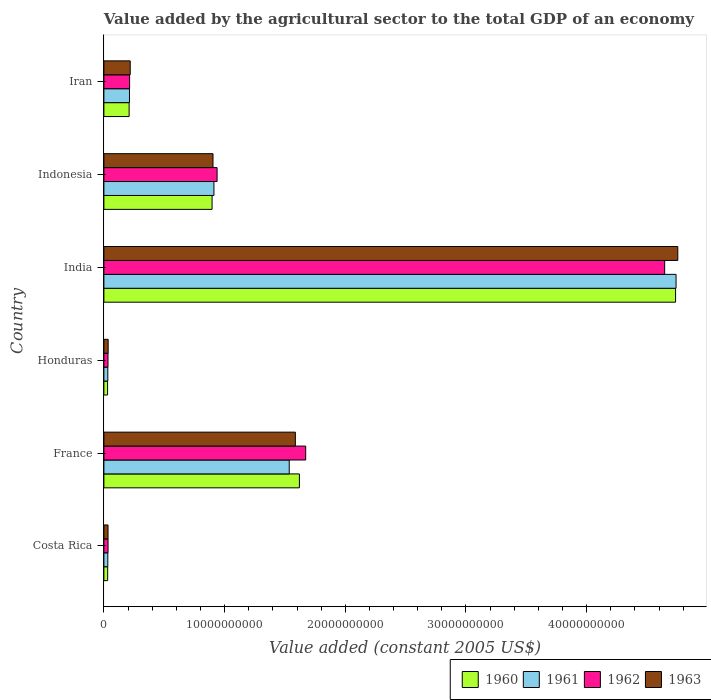
| Country | 1960 | 1961 | 1962 | 1963 |
 | --- | --- | --- | --- | --- |
 | Costa Rica | 3.13e+08 | 3.24e+08 | 3.44e+08 | 3.43e+08 |
 | France | 1.62e+10 | 1.54e+10 | 1.67e+10 | 1.59e+10 |
 | Honduras | 3.05e+08 | 3.25e+08 | 3.41e+08 | 3.53e+08 |
 | India | 4.74e+10 | 4.74e+10 | 4.65e+10 | 4.76e+10 |
 | Indonesia | 8.96e+09 | 9.12e+09 | 9.38e+09 | 9.04e+09 |
 | Iran | 2.09e+09 | 2.12e+09 | 2.13e+09 | 2.18e+09 |